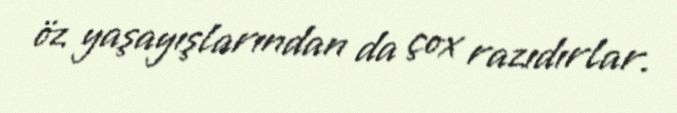
öz yaşayışlarından da çox razıdırlar.